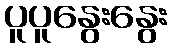
ပူပူနွေးနွေး